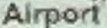
Airport